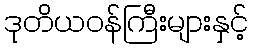
ဒုတိယဝန်ကြီးများနှင့်